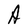
Character: A